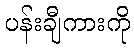
ပန်းချီကားကို